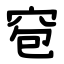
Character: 窇